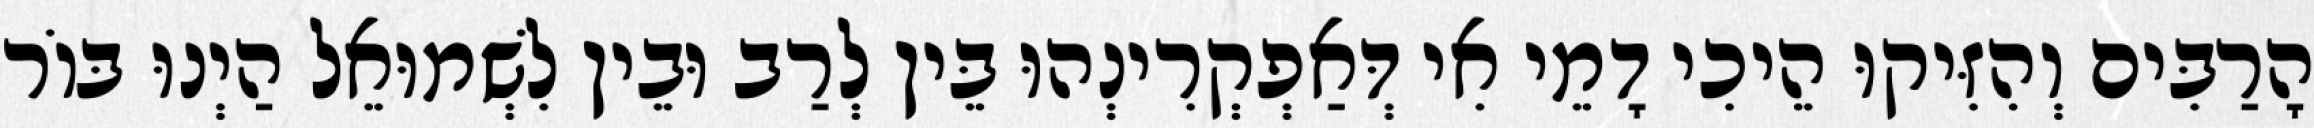
הָרַבִּים וְהִזִּיקוּ הֵיכִי דָמֵי אִי דְּאַפְקְרִינְהוּ בֵּין לְרַב וּבֵין לִשְׁמוּאֵל הַיְנוּ בּוֹר